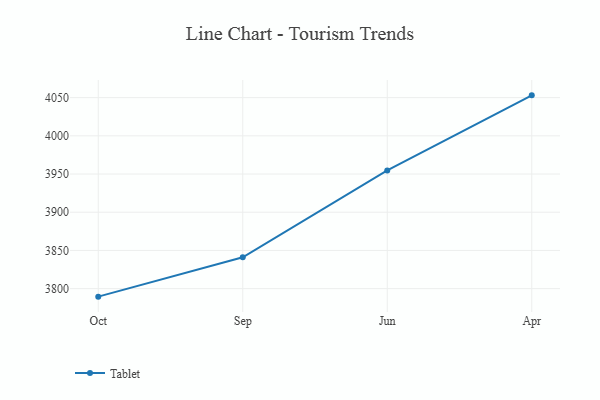
{"axis": {"x": "Month", "y": "Conversion Rate (%)"}, "legend": ["Tablet"], "data": [{"x": "Oct", "y": 3789.5, "type": "Tablet"}, {"x": "Sep", "y": 3841.0, "type": "Tablet"}, {"x": "Jun", "y": 3954.7, "type": "Tablet"}, {"x": "Apr", "y": 4053.0, "type": "Tablet"}]}